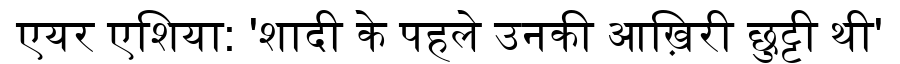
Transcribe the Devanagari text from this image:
एयर एशिया: 'शादी के पहले उनकी आख़िरी छुट्टी थी'